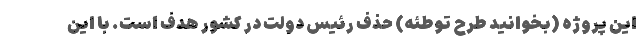
این پروژه (بخوانید طرح توطئه) حذف رئیس ‌دولت در کشور هدف است. با این